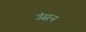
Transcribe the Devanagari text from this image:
उंसन